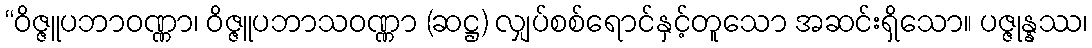
“ဝိဇ္ဇူပဘာဝဏ္ဏာ၊ ဝိဇ္ဇူပဘာသဝဏ္ဏာ (ဆဋ္ဌ) လျှပ်စစ်ရောင်နှင့်တူသော အဆင်းရှိသော။ ပဇ္ဇုန္နဿ၊